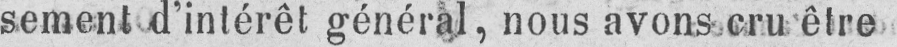
sement d’intérêt général, nous avons cru être